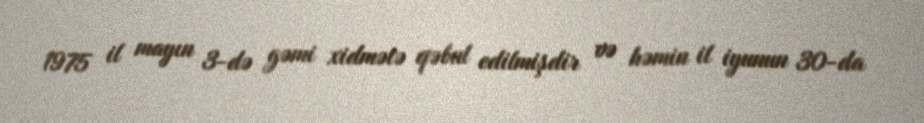
1975 il mayın 3-də gəmi xidmətə qəbul edilmişdir və həmin il iyunun 30-da